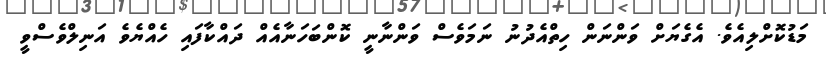
މަޑުކޮށްލިއެވެ. އެގެޔަށް ވަންނަން ހިތްއެދުނު ނަމަވެސް ވަންނާނީ ކޮންބަހަނާއެއް ދައްކާފައި ހެއްޔެވެ އަނިލްވެސްވީ